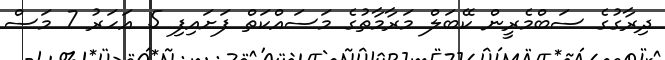
ދިރާގުގެ ސަބްމެރީން ކޭބަލް މަރާމާތުގެ މަސައްކަތް ފަށައިފި 5 އަހަރު 7 މަސް